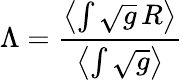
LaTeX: \Lambda=\frac{\left<\int\sqrt{g}\, R\right>}{\left<\int\sqrt{g}\right>}